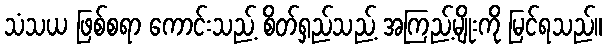
သံသယ ဖြစ်စရာ ကောင်းသည့် စိတ်ရှည်သည့် အကြည့်မျိုးကို မြင်ရသည်။